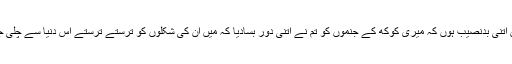
میں کیوں اتنی بدنصیب ہوں کہ میری کوکھ کے جنموں کو تم نے اتنی دور بسادیا کہ میں ان کی شکلوں کو ترستے ترستے اس دنیا سے چلی جاؤں گی۔